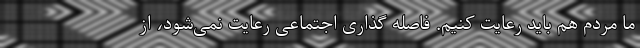
ما مردم هم باید رعایت کنیم. فاصله گذاری اجتماعی رعایت نمی‌شود، از